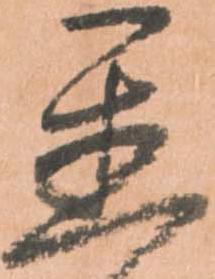
置